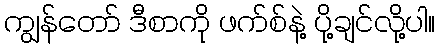
ကျွန်တော် ဒီစာကို ဖက်စ်နဲ့ ပို့ချင်လို့ပါ။